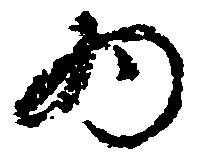
為